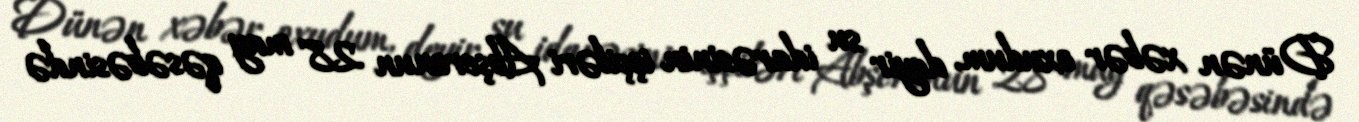
Dünən xəbər oxudum, deyir su idarəsinin işçiləri Abşeronun 28 may qəsəbəsində